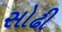
સોઢી